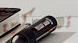
تدركين